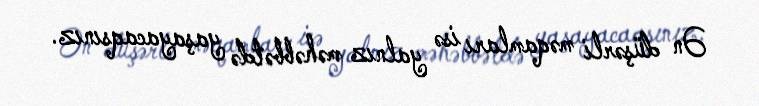
Ən düşərli məqamları isə yalnız məhəbbətdə yaşayacaqsınız.